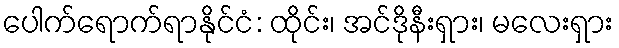
ပေါက်ရောက်ရာနိုင်ငံ: ထိုင်း၊ အင်ဒိုနီးရှား၊ မလေးရှား